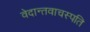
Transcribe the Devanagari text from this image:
वेदान्तवाचस्पति